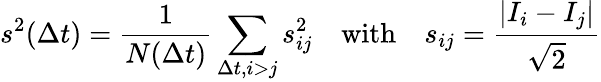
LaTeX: s^{2}(\Delta t)=\frac{1}{N(\Delta t)}\sum_{\Delta t,i>j}s_{ij}^{2}\quad\mathrm{with}\quad s_{ij}=\frac{|I_{i}-I_{j}|}{\sqrt{2}}